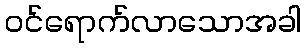
ဝင်ရောက်လာသောအခါ